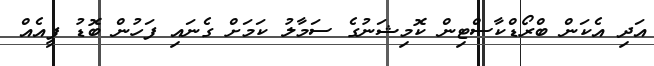
އަދި އެކަން ބްރޯޑްކާސްޓިން ކޮމިޝަނުގެ ސަމާލު ކަމަށް ގެނައި ފަހުން ބޮޑު ފީއެއް